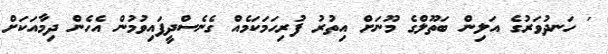
' ހަނދުވަރުގެ އަލިން ބަތޫލްގެ މޫނަށް އިތުރު ފުރިހަމަކަމެއް ގެނެސްދީފައިވުމުން އެހެން ދިމާއަކަށް